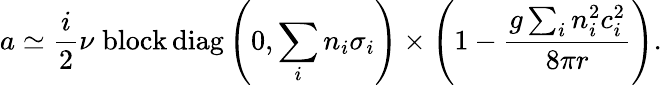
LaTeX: a\simeq\frac{i}{2}\nu\; \mathrm{block\, diag}\left(0,\sum_{i}n_{i}\sigma_{i}\right)\times\left(1-\frac{g\sum_{i}n_{i}^{2}c_{i}^{2}}{8\pi r}\right).